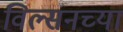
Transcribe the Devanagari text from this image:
विल्सनच्या